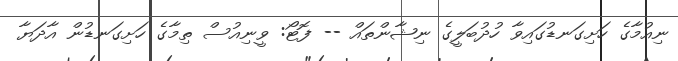
ނިއުމާގެ ހަށިގަނޑުގައިވާ ހުދުބަލީގެ ނިޝާންތައް -- ފޮޓޯ: ވީނިއުސް ތިމާގެ ހަށިގަނޑުން އާދަޔާ